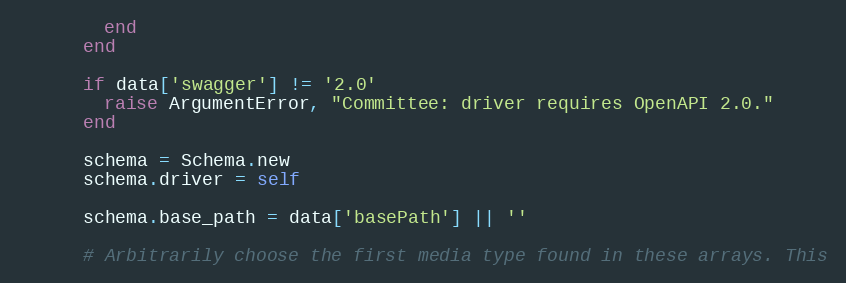
Language: Ruby
        end
      end

      if data['swagger'] != '2.0'
        raise ArgumentError, "Committee: driver requires OpenAPI 2.0."
      end

      schema = Schema.new
      schema.driver = self

      schema.base_path = data['basePath'] || ''

      # Arbitrarily choose the first media type found in these arrays. This